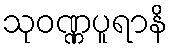
သုဝဏ္ဏပူရာနိ